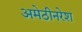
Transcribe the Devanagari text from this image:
अमेठीनरेश